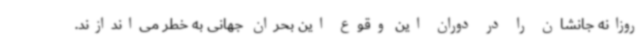
روزانه جانشان را در دوران این وقوع این بحران جهانی به خطر می‌اندازند.